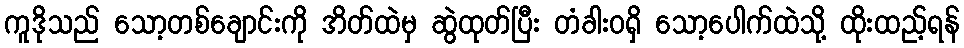
ကူဒိုသည် သော့တစ်ချောင်းကို အိတ်ထဲမှ ဆွဲထုတ်ပြီး တံခါးဝရှိ သော့ပေါက်ထဲသို့ ထိုးထည့်ရန်